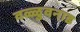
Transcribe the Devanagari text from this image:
वळ्ळुवनाड